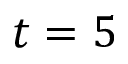
t = 5